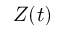
Z ( t )